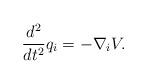
LaTeX: \begin{align*}\frac{d^{2}}{dt^{2}}q_{i}=-\nabla _{i}V. \end{align*}